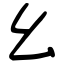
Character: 幺